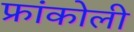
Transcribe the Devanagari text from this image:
फ्रांकोली